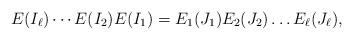
LaTeX: \begin{align*}E(I_\ell)\cdots E(I_2) E(I_1)=E_1(J_1)E_2(J_2)\dots E_\ell(J_\ell),\end{align*}